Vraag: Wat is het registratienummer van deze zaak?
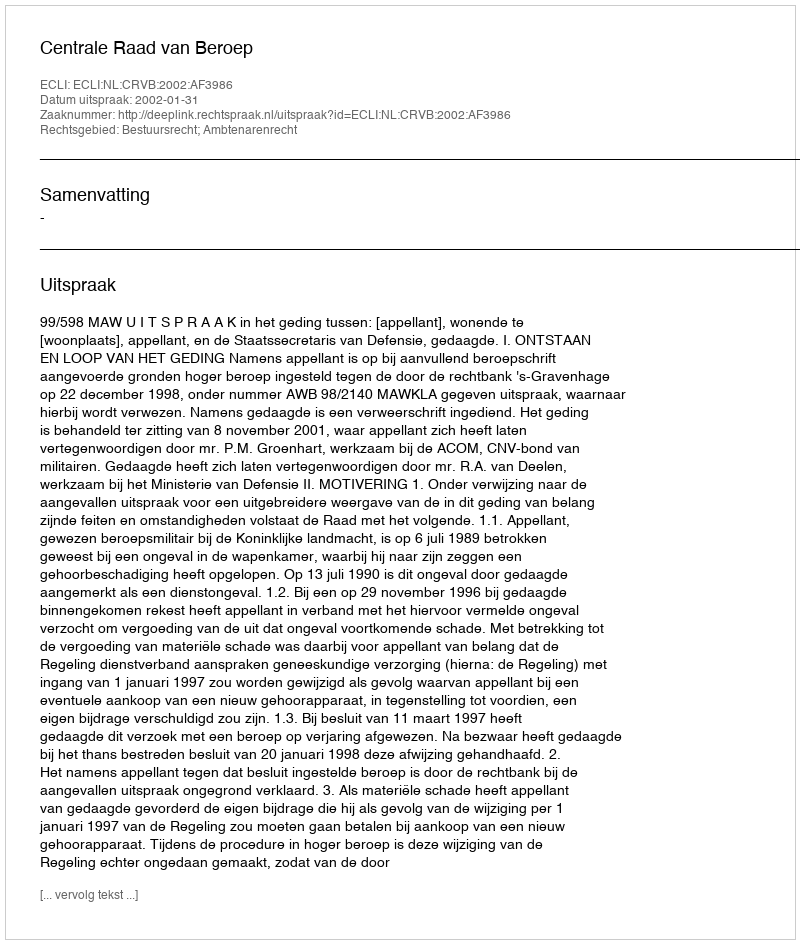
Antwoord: http://deeplink.rechtspraak.nl/uitspraak?id=ECLI:NL:CRVB:2002:AF3986